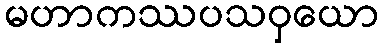
မဟာကဿပသဝှယော